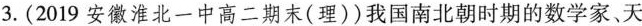
3.(2019安徽淮北一中高二期末(理))我国南北朝时期的数学家、天